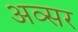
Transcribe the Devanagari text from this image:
अव्सर